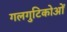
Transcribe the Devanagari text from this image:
गलगुटिकोओं